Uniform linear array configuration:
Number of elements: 8
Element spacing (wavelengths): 0.5
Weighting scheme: cosine
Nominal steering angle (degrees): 45
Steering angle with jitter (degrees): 46.68
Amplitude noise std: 0.05
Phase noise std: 0.05

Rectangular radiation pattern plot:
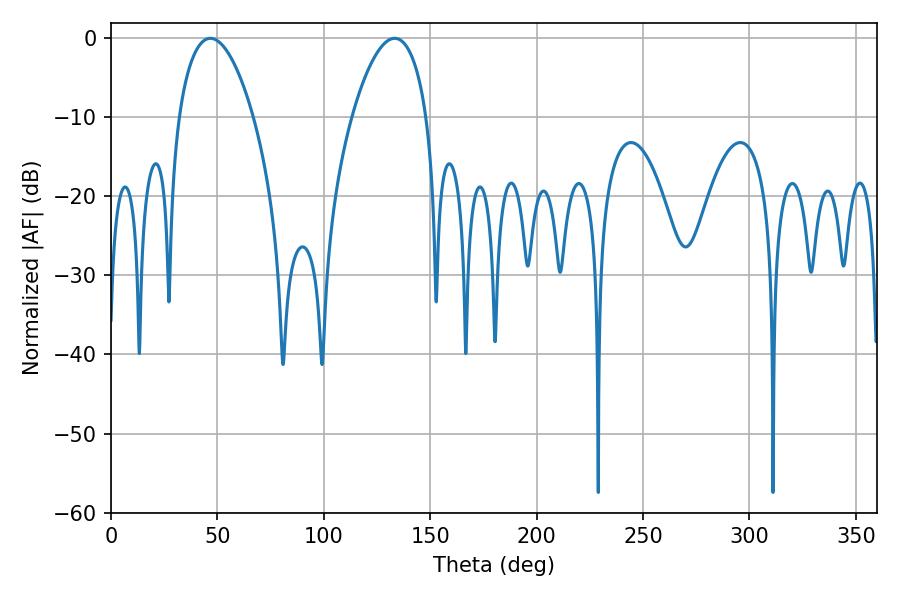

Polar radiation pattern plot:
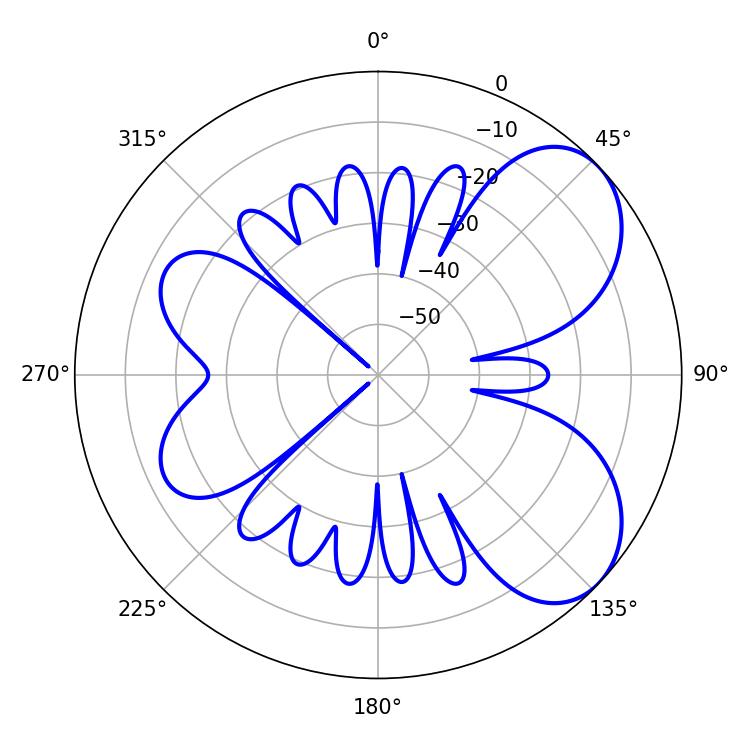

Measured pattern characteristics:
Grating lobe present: FALSE
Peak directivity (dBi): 5.989
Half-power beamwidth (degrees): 19.62
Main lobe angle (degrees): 46.62